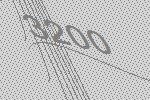
3200